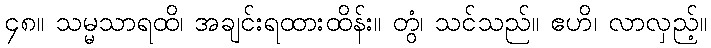
၄၈။ သမ္မသာရထိ၊ အချင်းရထားထိန်း။ တွံ၊ သင်သည်။ ဧဟိ၊ လာလှည့်။